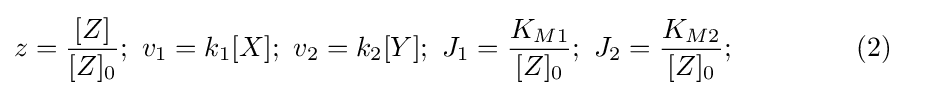
{\begin{aligned}z={\frac {[Z]}{[Z]_{0}}};\ v_{1}=k_{1}[X];\ v_{2}&=k_{2}[Y];\ J_{1}={\frac {K_{M1}}{[Z]_{0}}};\ J_{2}={\frac {K_{M2}}{[Z]_{0}}};\ \qquad \qquad (2)\end{aligned}}